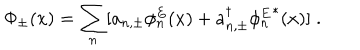
\Phi _ { \pm } ( x ) = \sum _ { n } [ a _ { n , \pm } \phi _ { n } ^ { E } ( x ) + a _ { n , \pm } ^ { \dagger } { \phi _ { n } ^ { E } } ^ { * } ( x ) ] { \; . }